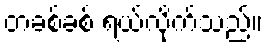
တခစ်ခစ် ရယ်လိုက်သည်။